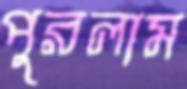
পুরলাম